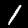
Digit: 1